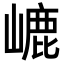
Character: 𡼂